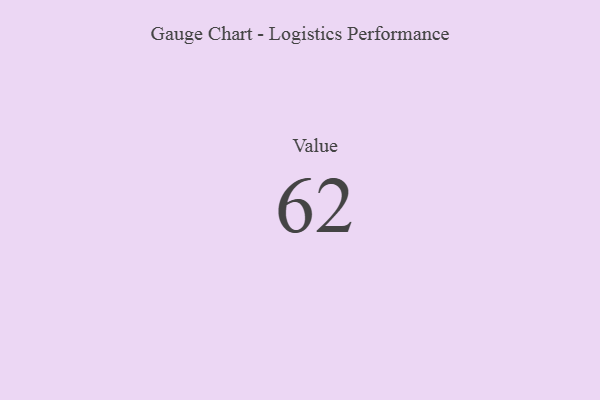
{"axis": {"x": "Metric", "y": "Value"}, "legend": [""], "data": [{"x": "Value", "y": 62, "type": ""}]}